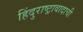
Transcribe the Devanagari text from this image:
हिंदुराष्ट्रावादाची